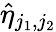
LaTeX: \hat{\eta}_{j_{1},j_{2}}